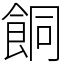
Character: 餇